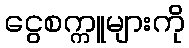
ငွေစက္ကူများကို